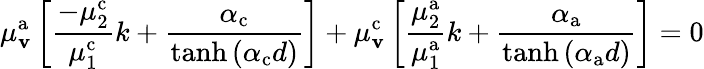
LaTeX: \mu_{\mathbf{v}}^{\mathrm{{a}}}\left[\frac{{-\mu_{2}^{\mathrm{{c}}}}}{{\mu_{1}^{\mathrm{{c}}}}}k+\frac{{\alpha_{\mathrm{{c}}}}}{{\operatorname{tanh}\left(\alpha_{\mathrm{{c}}}d\right)}}\right]+\mu_{\mathbf{v}}^{\mathrm{{c}}}\left[\frac{{\mu_{2}^{\mathrm{{a}}}}}{{\mu_{1}^{\mathrm{{a}}}}}k+\frac{{\alpha_{\mathrm{{a}}}}}{{\operatorname{tanh}\left(\alpha_{\mathrm{{a}}}d\right)}}\right]=0